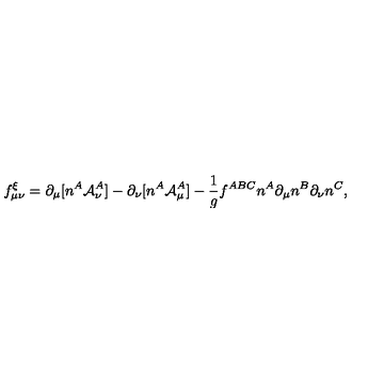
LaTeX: f _ { \mu \nu } ^ { \xi } = \partial _ { \mu } [ n ^ { A } { \cal A } _ { \nu } ^ { A } ] - \partial _ { \nu } [ n ^ { A } { \cal A } _ { \mu } ^ { A } ] - { \frac { 1 } { g } } f ^ { A B C } n ^ { A } \partial _ { \mu } n ^ { B } \partial _ { \nu } n ^ { C } ,